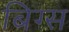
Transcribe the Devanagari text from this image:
बिग्स